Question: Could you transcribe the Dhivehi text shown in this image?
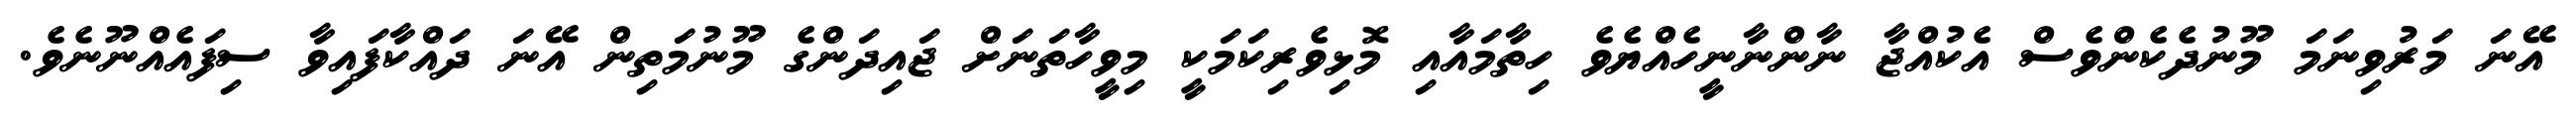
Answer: އޭނަ މަރުވިނަމަ މޫނުދެކެންވެސް އެކުއްޖާ ނާންނާނީހެއްޔެވެ ހިތާމައާއި މޮޅިވެރިކަމަކީ މިވީހާތަނަށް ޖައިދަންގެ މޫނުމަތިން އޭނަ ދައްކާފައިވާ ސިފައެއްނޫނެވެ.